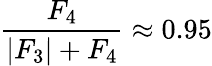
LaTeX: \frac{F_{4}}{\left|F_{3}\right|+F_{4}}\approx 0.95